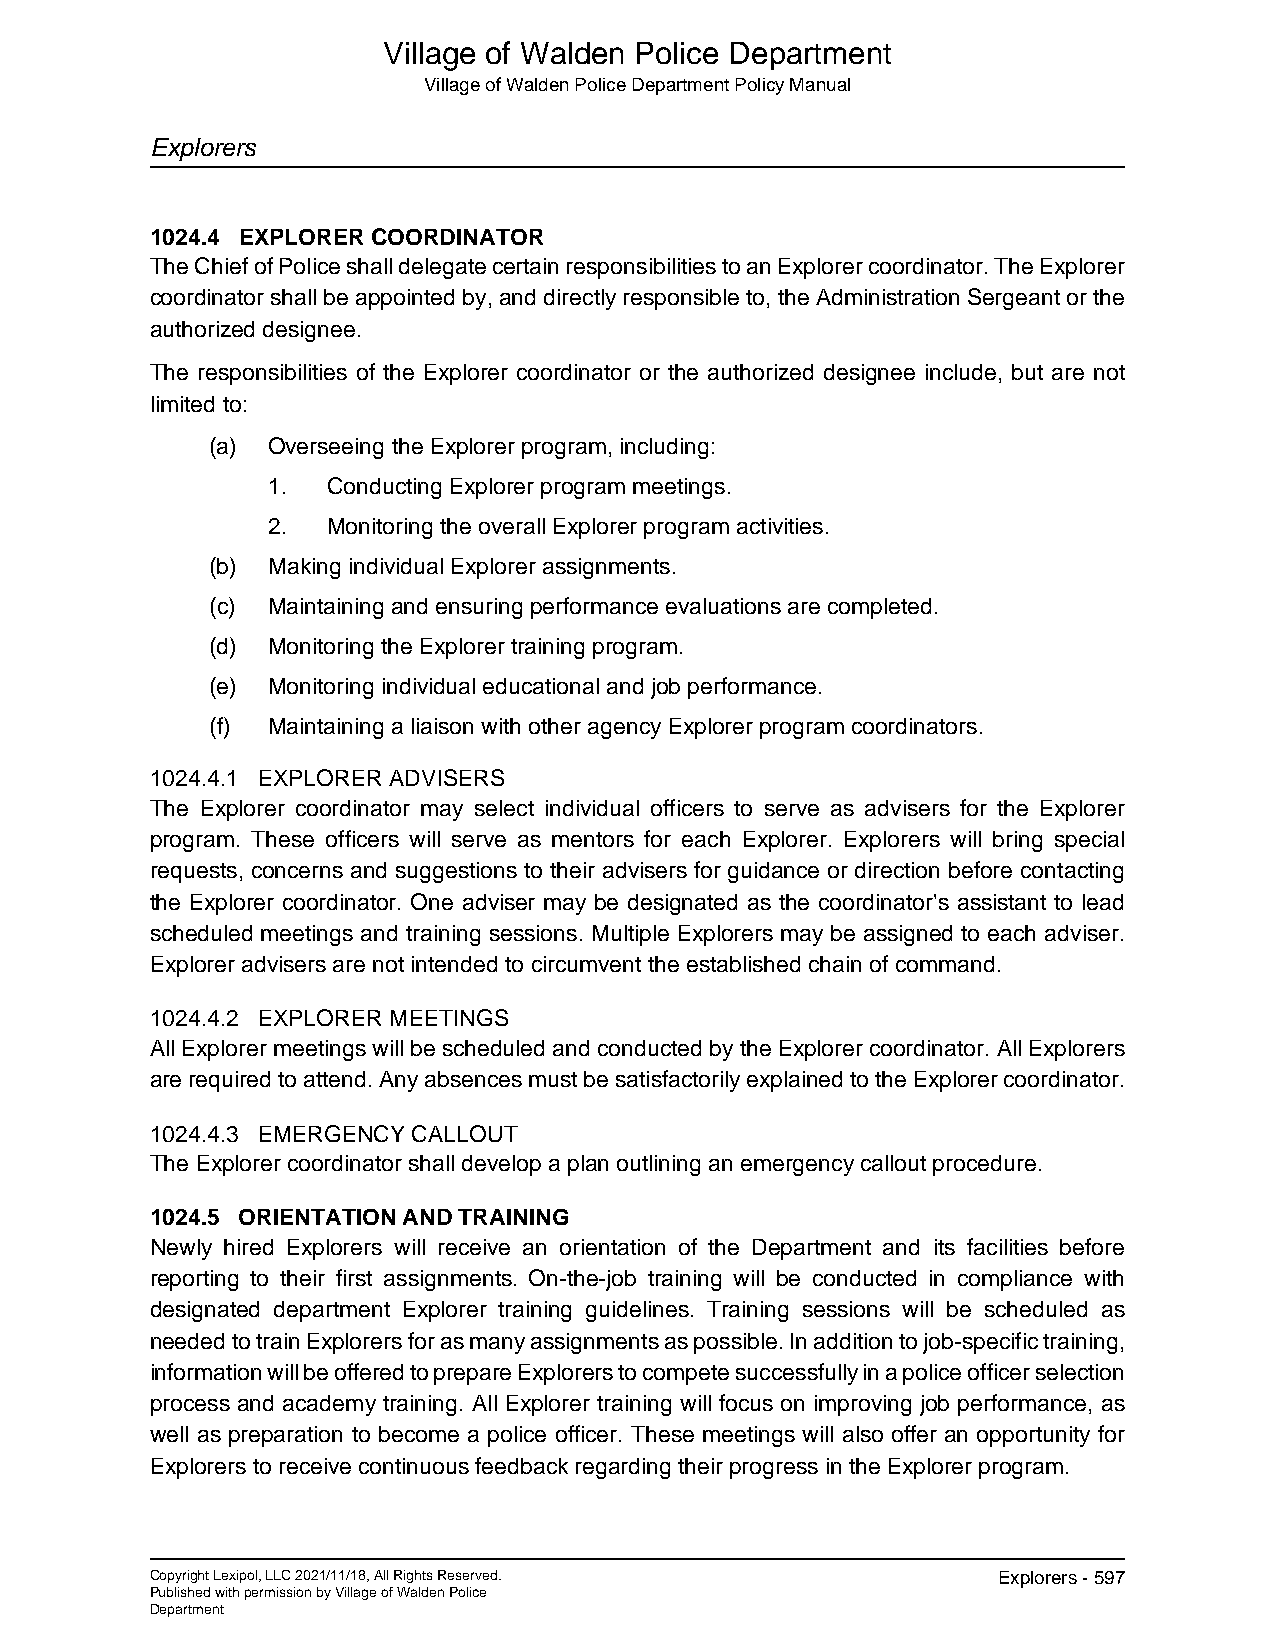
Village of Walden Police Department
 Village of Walden Police Department Policy Manual
 Explorers
 1024.4 EXPLORER COORDINATOR
 The Chief of Police shall delegate certain responsibilities to an Explorer coordinator. The Explorer
 coordinator shall be appointed by, and directly responsible to, the Administration Sergeant or the
 authorized designee.
 The responsibilities of the Explorer coordinator or the authorized designee include, but are not
 limited to:
 (a) Overseeing the Explorer program, including:
 1.  Conducting Explorer program meetings.
 2.  Monitoring the overall Explorer program activities.
 (b) Making individual Explorer assignments.
 (c) Maintaining and ensuring performance evaluations are completed.
 (d) Monitoring the Explorer training program.
 (e) Monitoring individual educational and job performance.
 (f) Maintaining a liaison with other agency Explorer program coordinators.
 1024.4.1 EXPLORER ADVISERS
 The Explorer coordinator may select individual officers to serve as advisers for the Explorer
 program. These officers will serve as mentors for each Explorer. Explorers will bring special
 requests, concerns and suggestions to their advisers for guidance or direction before contacting
 the Explorer coordinator. One adviser may be designated as the coordinator's assistant to lead
 scheduled meetings and training sessions. Multiple Explorers may be assigned to each adviser.
 Explorer advisers are not intended to circumvent the established chain of command.
 1024.4.2 EXPLORER MEETINGS
 All Explorer meetings will be scheduled and conducted by the Explorer coordinator. All Explorers
 are required to attend. Any absences must be satisfactorily explained to the Explorer coordinator.
 1024.4.3 EMERGENCY CALLOUT
 The Explorer coordinator shall develop a plan outlining an emergency callout procedure.
 1024.5 ORIENTATION AND TRAINING
 Newly hired Explorers will receive an orientation of the Department and its facilities before
 reporting to their first assignments. On-the-job training will be conducted in compliance with
 designated department Explorer training guidelines. Training sessions will be scheduled as
 needed to train Explorers for as many assignments as possible. In addition to job-specific training,
 information will be offered to prepare Explorers to compete successfully in a police officer selection
 process and academy training. All Explorer training will focus on improving job performance, as
 well as preparation to become a police officer. These meetings will also offer an opportunity for
 Explorers to receive continuous feedback regarding their progress in the Explorer program.
 Copyright Lexipol, LLC 2021/11/18, All Rights Reserved. Explorers - 597
 Published with permission by Village of Walden Police
 Department